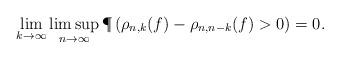
LaTeX: \begin{align*} \lim_{k \to \infty} \limsup_{n \to \infty} \P\left( \rho_{n,k}(f) - \rho_{n,n-k}(f)>0 \right) = 0.\end{align*}